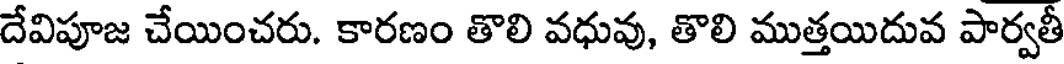
దేవిపూజ చేయించరు. కారణం తొలి వధువు, తొలి ముత్తయిదువ పార్వతీ